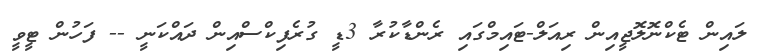
ލައިން ޓެކްނޮލޮޖީއިން ރިއަލް-ޓައިމްގައި ރެންޑާކުރާ 3ޑީ ގުރެފިކްސްއިން ދައްކަނީ -- ފަހުން ޓީވީ